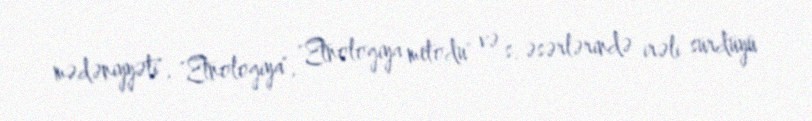
mədəniyyəti", "Etnologiya", "Etnologiya metodu" və s. əsərlərində irəli sürdüyü